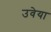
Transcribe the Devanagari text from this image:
उवेया